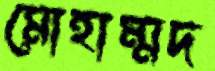
মোহাম্মদ